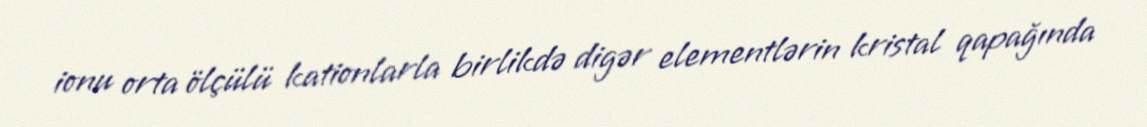
ionu orta ölçülü kationlarla birlikdə digər elementlərin kristal qapağında